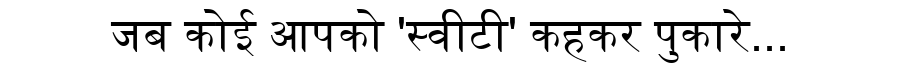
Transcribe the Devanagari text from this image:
जब कोई आपको 'स्वीटी' कहकर पुकारे...